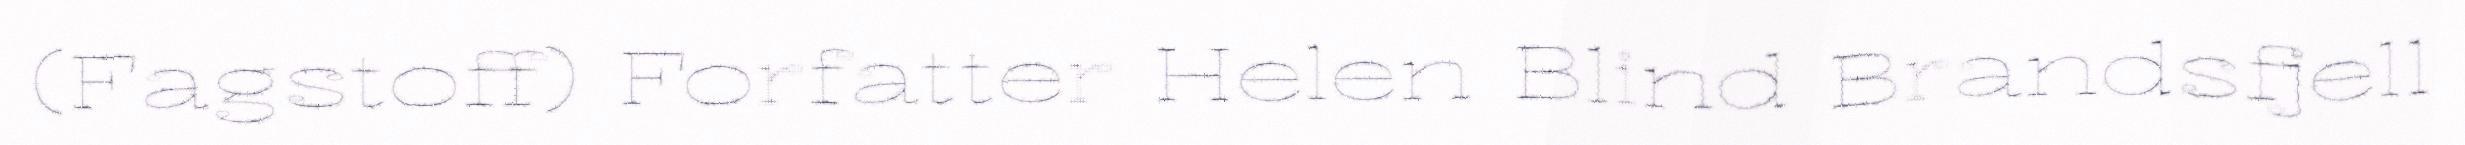
(Fagstoff) Forfatter Helen Blind Brandsfjell